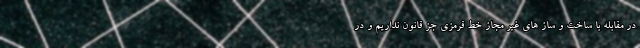
در مقابله با ساخت و ساز های غیر مجاز خط قرمزی جز قانون نداریم و در